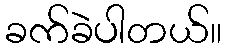
ခက်ခဲပါတယ်။